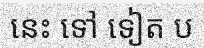
នេះ ទៅ ទៀត ប